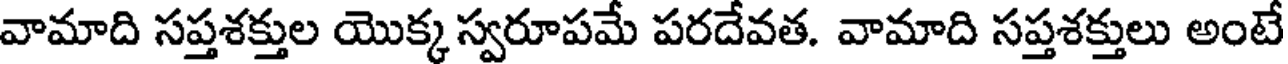
వామాది సప్తశక్తుల యొక్క స్వరూపమే పరదేవత. వామాది సప్తశక్తులు అంటే